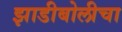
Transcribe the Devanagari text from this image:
झाडीबोलीचा